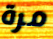
مرة